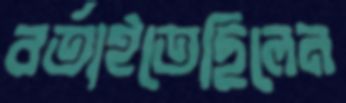
বর্তাইতেছিলেন